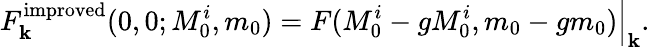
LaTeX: F_{\mathbf{k}}^{\mathrm{{improved}}}(0,0;M_{0}^{i},m_{0})=F(M_{0}^{i}-gM_{0}^{i},m_{0}-gm_{0})\Big|_{\mathbf{k}}.